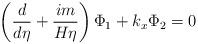
LaTeX: \begin{align*}\left( \frac d{d\eta }+\frac{im}{H\eta }\right) \Phi _1+k_x\Phi_2=0\end{align*}